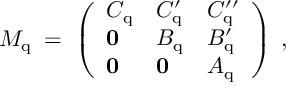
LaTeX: M _ { \mathrm { q } } \; = \; \left( \begin{array} { l l l } { { C _ { \mathrm { q } } } } & { { C _ { \mathrm { q } } ^ { \prime } } } & { { C _ { \mathrm { q } } ^ { \prime \prime } } } \\ { { { \bf 0 } } } & { { B _ { \mathrm { q } } } } & { { B _ { \mathrm { q } } ^ { \prime } } } \\ { { { \bf 0 } } } & { { { \bf 0 } } } & { { A _ { \mathrm { q } } } } \end{array} \right) \; ,